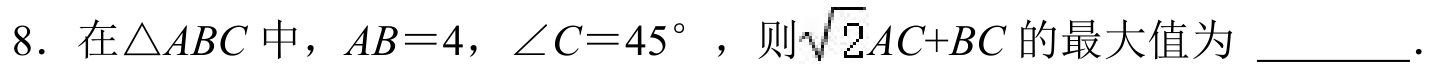
8. 在\(\triangle ABC\)中，\(AB = 4\)，\(\angle C = 45^{\circ}\)，则\(\sqrt{2}AC + BC\)的最大值为 \_\_\_\_\_\_ 。